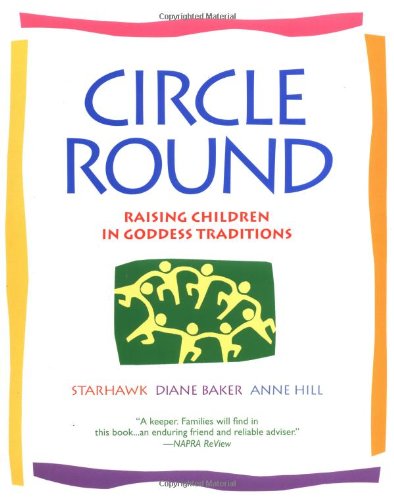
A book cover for Circle Round: Raising Children in Goddess Traditions; Starhawk; Religion & Spirituality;